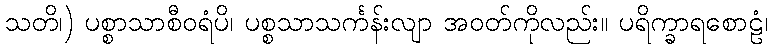
သတိ၊) ပစ္စာသာစီဝရံပိ၊ ပစ္စသာသင်္ကန်းလျာ အဝတ်ကိုလည်း။ ပရိက္ခာရစောဠံ၊